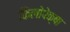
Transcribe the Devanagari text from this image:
किलोपेक्षा